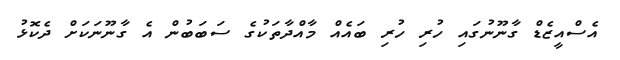
އެސްއީޒެޑް ގާނޫނުގައި ހުރި ހުރި ބައެއް މާއްދާތަކުގެ ސަބަބުން އެ ގާނޫނަކަށް ދެކޮޅު